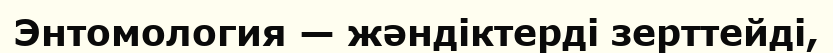
Энтомология — жәндіктерді зерттейді,